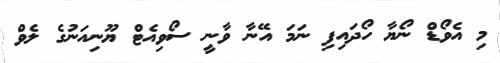
މި އެވޯޑް ނޯޔާ ހޯދައިފި ނަމަ އޭނާ ވާނީ ސޯވިއެޓް ޔޫނިއަނުގެ ލެވް